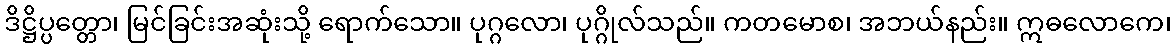
ဒိဋ္ဌိပ္ပတ္တော၊ မြင်ခြင်းအဆုံးသို့ ရောက်သော။ ပုဂ္ဂလော၊ ပုဂ္ဂိုလ်သည်။ ကတမောစ၊ အဘယ်နည်း။ ဣဓလောကေ၊